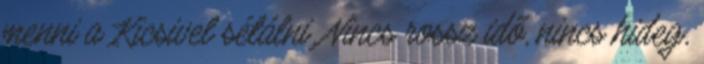
menni a Kicsivel sétálni. Nincs rossz idő, nincs hideg,